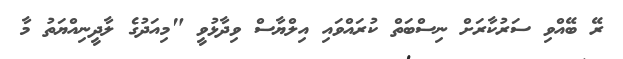
ރޭ ބޭއްވި ސަރުކާރަށް ނިސްބަތް ކުރައްވައި އިލްޔާސް ވިދާޅުވީ "މިއަދުގެ ލާދީނިއްޔަތު މާ